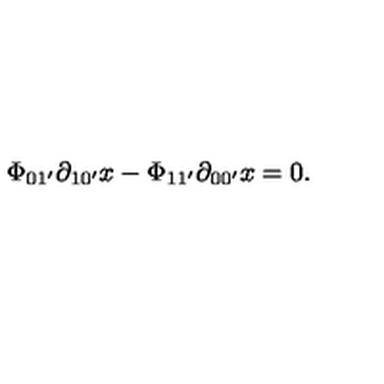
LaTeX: \Phi _ { 0 1 ^ { \prime } } \partial _ { 1 0 ^ { \prime } } x - \Phi _ { 1 1 ^ { \prime } } \partial _ { 0 0 ^ { \prime } } x = 0 .